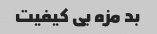
بد مزه بی کیفیت